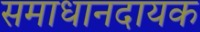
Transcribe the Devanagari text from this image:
समाधानदायक